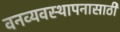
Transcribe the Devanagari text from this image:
वनव्यवस्थापनासाठी